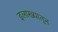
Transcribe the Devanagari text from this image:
इलाख्यातून